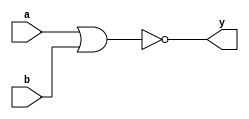
`timescale 1ns / 1ps
//////////////////////////////////////////////////////////////////////////////////
// Company: 
// Engineer: 
// 
// Design Name: 
// Module Name: nor2
// Project Name: 
// Target Devices: 
// Tool Versions: 
// Description: 
// 
// Dependencies: 
// 
// Revision:
// Revision 0.01 - File Created
// Additional Comments:
// 
//////////////////////////////////////////////////////////////////////////////////


module nor2(
    input a,
    input b,
    output y
    );
    
    assign y = ~(a | b);
    
endmodule